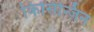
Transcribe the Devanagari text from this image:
किसिन्जिन